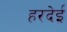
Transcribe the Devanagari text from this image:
हरदेई